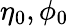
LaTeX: \eta_{0},\phi_{0}